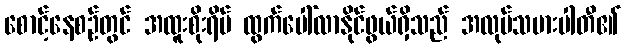
စောင့်နေစဉ်တွင် အထူးစိုးရိမ် ထွက်ပေါ်လာနိုင်ဖွယ်ရှိသည် အလုပ်သမားပါတီ၏